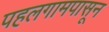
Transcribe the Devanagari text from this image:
पहलगामपासून